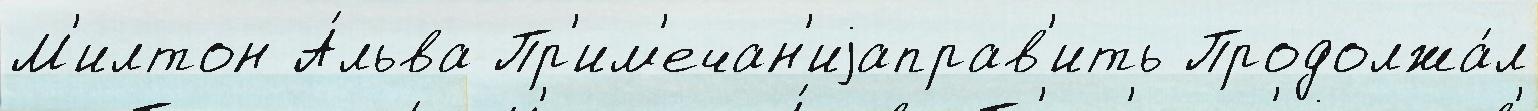
М'илтон А́льва Пр'им'ечан'иjаправ'ить Продолжа́л